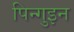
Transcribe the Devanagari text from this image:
पिन्गुइन